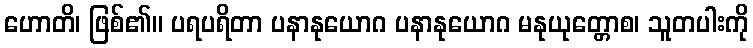
ဟောတိ၊ ဖြစ်၏။ ပရပရိတာ ပနာနုယောဂ ပနာနုယောဂ မနုယုတ္တောစ၊ သူတပါးကို